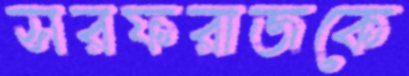
সরফরাজকে